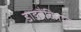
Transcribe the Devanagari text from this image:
डाइब्रैंकिएटा